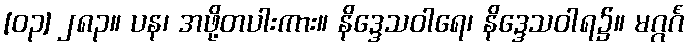
[၀၃] ၂၈၃။ ပန၊ အဖို့တပါးကား။ နိဒ္ဒေသဝါရေ၊ နိဒ္ဒေသဝါရ၌။ မဂ္ဂင်္ဂံ